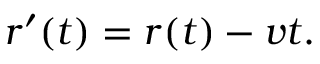
r ^ { \prime } ( t ) = r ( t ) - v t .